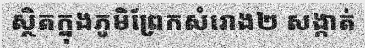
ស្ថិតក្នុងភូមិព្រែកសំរោង២ សង្កាត់